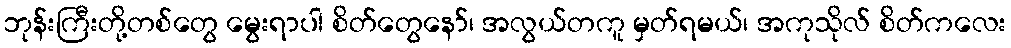
ဘုန်းကြီးတို့တစ်တွေ မွေးရာပါ စိတ်တွေနော်၊ အလွယ်တကူ မှတ်ရမယ်၊ အကုသိုလ် စိတ်ကလေး